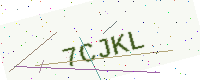
Text: 7CJKL